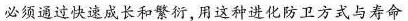
必须通过快速成长和繁衍，用这种进化防卫方式与寿命